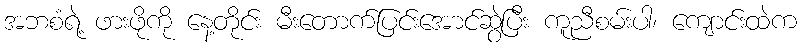
အဘစံရဲ့ ဖားဖိုကို နေ့တိုင်း မီးတောက်ပြင်းအောင်ဆွဲပြီး ကူညီစမ်းပါ၊ ကျောင်းထဲက